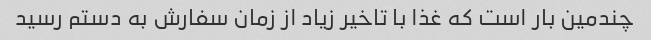
چندمین بار است که غذا با تاخیر زیاد از زمان سفارش به دستم رسید